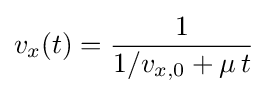
v_{x}(t)={\frac {1}{1/v_{x,0}+\mu \,t}}